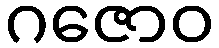
ဂဇောဝ